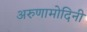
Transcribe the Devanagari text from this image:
अरुणामोदिनी